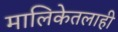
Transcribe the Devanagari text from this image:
मालिकेतलाही